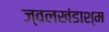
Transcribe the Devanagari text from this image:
ज्वलखंडाश्म